Lunatic asylums in Bengal annual reports 1912-1924 - 1912-1924
Year: 1912
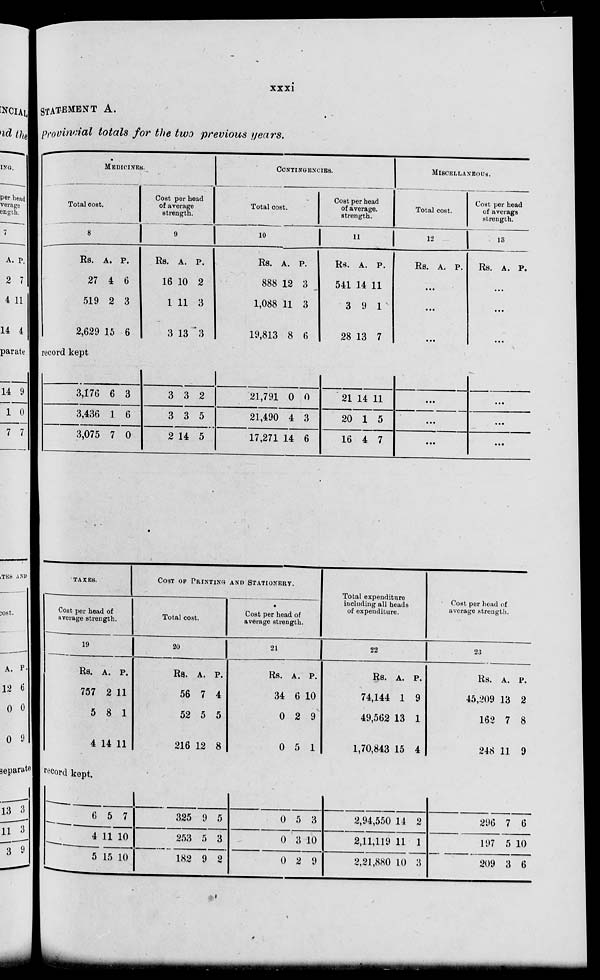
xxxi
STATEMENT A.
Provincial totals for the two previous years.
MEDICINES.
Total cost.
8
Rs.
27
519
2,629
A.
4
2
15
P.
6
3
6
Cost per head
of average
strength.
9
Rs.
16
1
3
A.
10
11
13
P.
2
3
3
CONTINGENCIES.
Total cost.
10
Rs.
888
1,088
19,813
A.
12
11
8
P.
3
3
6
Cost per head
of average.
strength.
11
Rs.
541
3
28
A.
14
9
13
P.
11
1
7
MISCELLANEOUS.
Total cost.
1 2
Rs. A. P.
...
...
...
Cost per head
of averags
strength.
13
Rs. A. P.
...
...
...
record kept
3,176
3,436
3,075
6
1
7
3
6
0
3
3
2
3
3
14
2
5
5
21,791
21,490
17,271
0
4
14
0
3
6
21
20
16
14
1
4
11
5
7
...
...
...
...
...
...
TAXES.
Cost per head of
average strength.
19
Rs.
757
5
4
A.
2
8
14
P.
11
1
11
COST OF PRINTING AND STATIONERY.
Total cost.
20
Rs.
56
52
216
A.
7
5
12
P.
4
5
8
Cost per head of
average strength.
21
Rs.
34
0
0
A.
6
2
5
P.
10
9
1
Total expenditure
including all heads
of expenditure.
22
Rs.
74,144
49,562
1,70,843
A.
1
13
15
P.
9
1
4
Cost per head of
average strength.
23
Rs.
45,209
162
248
A.
13
7
11
P.
2
8
9
record kept.
6
4
5
5
11
15
7
10
10
325
253
182
9
5
9
5
3
2
0
0
0
5
3
2
3
10
9
2,94,550
2,11,119
2,21,880
14
11
10
9
1
3
296
197
209
7
5
3
6
10
6